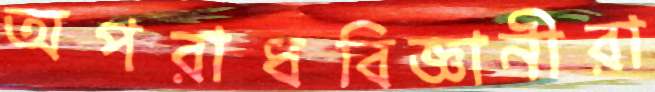
অপরাধবিজ্ঞানীরা